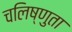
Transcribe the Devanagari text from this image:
चलिष्णुता